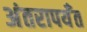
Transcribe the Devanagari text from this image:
अंतरापर्यँत